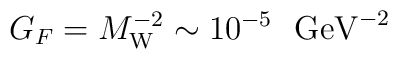
G_F=M_{\rm W}^{-2} \sim 10^{-5} \ \ \mbox{GeV}^{-2}